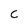
Character: C